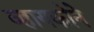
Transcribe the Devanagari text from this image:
व्हायकोने